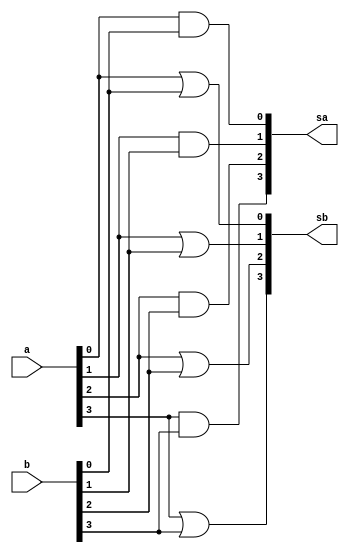
// ------------------------- 
// Exemplo0031 - F4
// Nome: Roger Rubens Machado
// -------------------------	
	 
	// f4_gate  
	
	module f4 (output [3:0] sa, output [3:0] sb, input [3:0] a, input [3:0] b); 
		// descrever por portas
		and AND1(sa[0], a[0], b[0]);
		and AND2(sa[1], a[1], b[1]);
		and AND3(sa[2], a[2], b[2]);
		and AND4(sa[3], a[3], b[3]);
		
		or OR1(sb[0], a[0], b[0]);
		or OR2(sb[1], a[1], b[1]);
		or OR3(sb[2], a[2], b[2]);
		or OR4(sb[3], a[3], b[3]);
	
	endmodule // f4
	
	module test_f4; 
		// --Definir dados 
		reg [3:0] x; 
		reg [3:0] y; 
		wire [3:0] z1; 
		wire [3:0] z2; 
	f4 modulo (z1, z2, x, y); 
	
	// --Parte principal 
	initial begin 
		$display("Exemplo0031 - Roger Rubens Machado - 430533"); 
		$display("Test LU's module"); 
		x = 4'b0011; y = 4'b0101; 
		// projetar testes do modulo 
		$monitor("%4b %4b = AND - %4b , OR - %4b",x,y,z1,z2);
		#1 x = 4'b0000; y = 4'b0000;
		#1 x = 4'b0110; y = 4'b1001;
		#1 x = 4'b0000; y = 4'b1111;
		#1 x = 4'b1111; y = 4'b1111;
	end 
	endmodule // test_f4